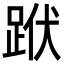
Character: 䟮